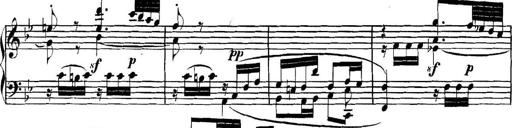
Title: Collected Piano Sonatas
Composer: Muzio Clementi